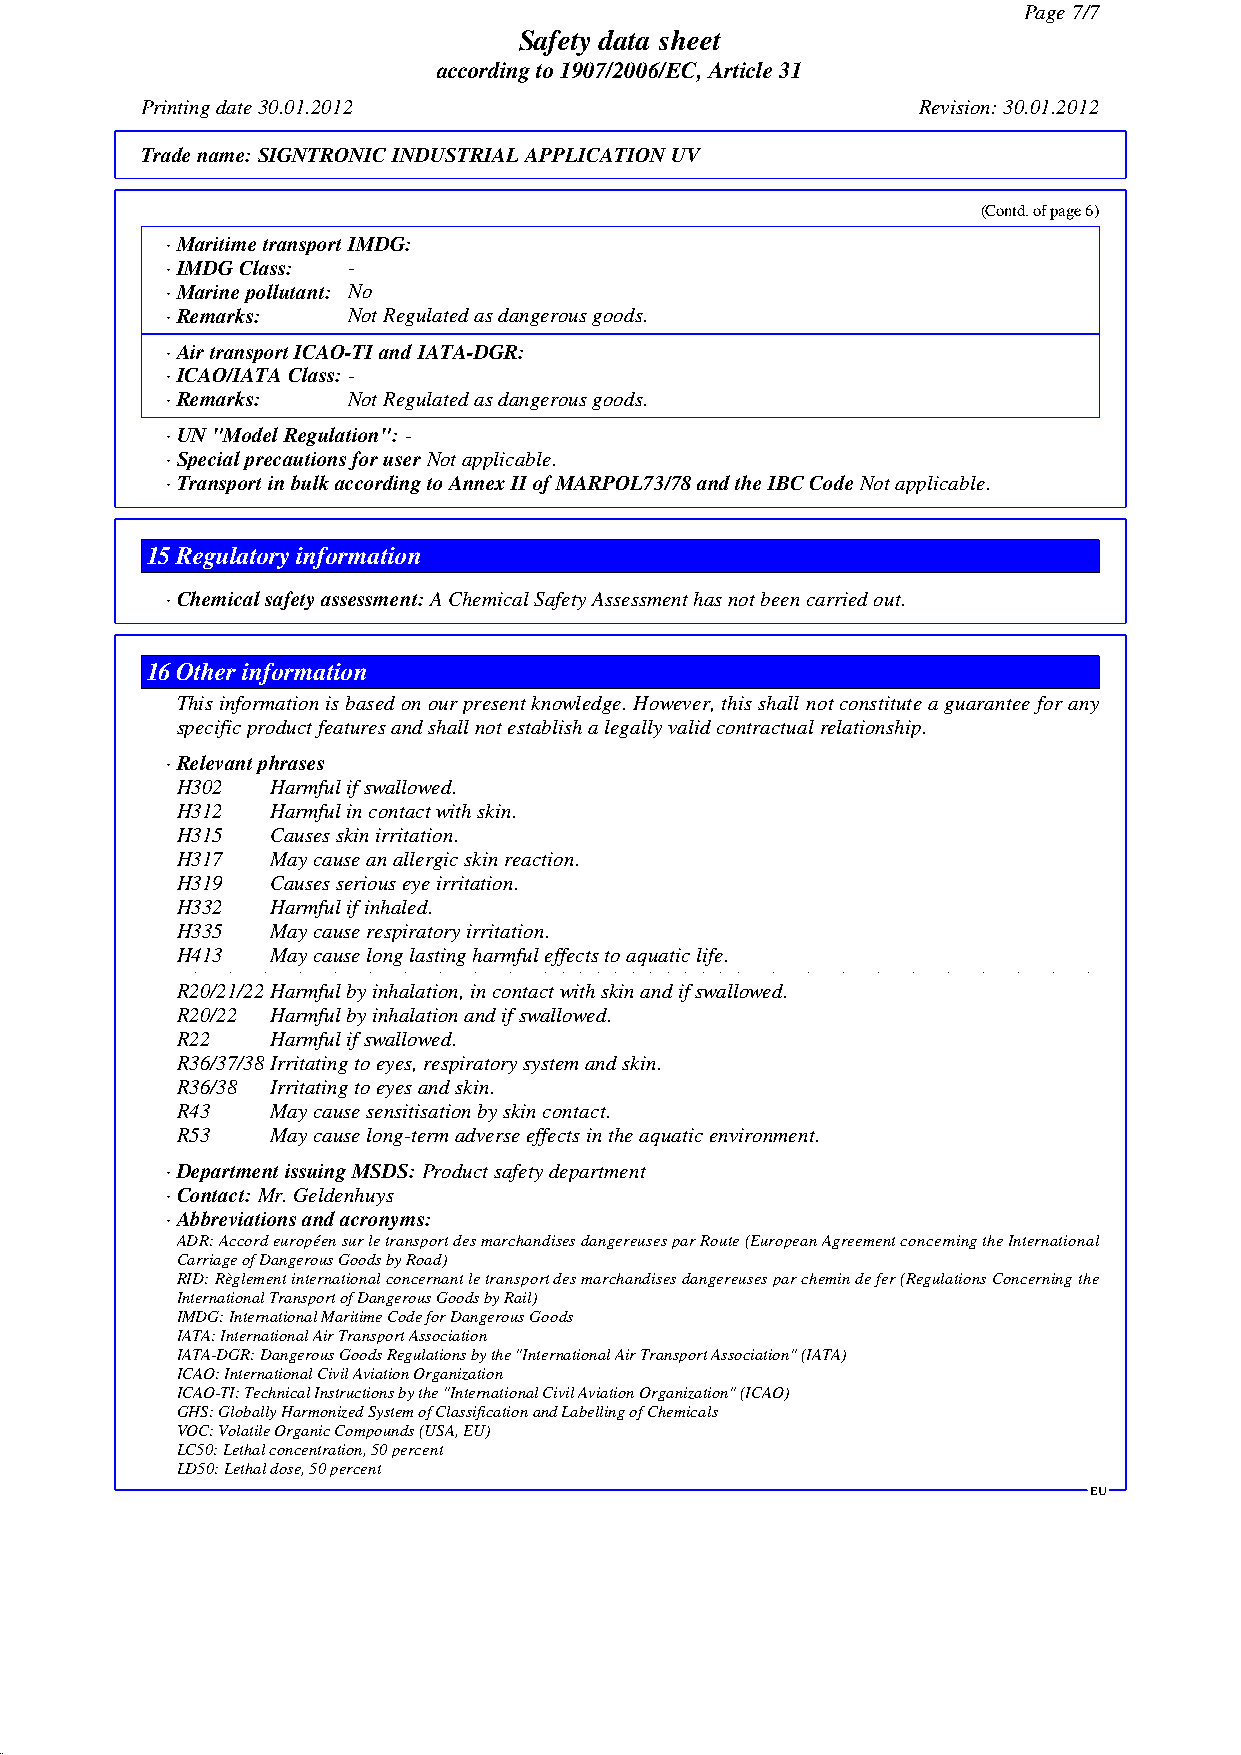
Page 7/7
 Safety data sheet
 according to 1907/2006/EC, Article 31
 Printing date 30.01.2012                            Revision: 30.01.2012
 Trade name:SIGNTRONIC INDUSTRIAL APPLICATION UV
 (Contd. of page 6)
 · Maritime transport IMDG:
 · IMDG Class: -
 · Marine pollutant: No
 · Remarks:  Not Regulated as dangerous goods.
 · Air transport ICAO-TI and IATA-DGR:
 · ICAO/IATA Class:-
 · Remarks:  Not Regulated as dangerous goods.
 · UN "Model Regulation":-
 · Special precautions for userNot applicable.
 · Transport in bulk according to Annex II of MARPOL73/78 and the IBC CodeNot applicable.
 15Regulatory information
 · Chemical safety assessment:A Chemical Safety Assessment has not been carried out.
 16Other information
 This information is based on our present knowledge. However, this shall not constitute a guarantee for any
 specific product features and shall not establish a legally valid contractual relationship.
 · Relevant phrases
 H302  Harmful if swallowed.
 H312  Harmful in contact with skin.
 H315  Causes skin irritation.
 H317  May cause an allergic skin reaction.
 H319  Causes serious eye irritation.
 H332  Harmful if inhaled.
 H335  May cause respiratory irritation.
 H413  May cause long lasting harmful effects to aquatic life.
 R20/21/22Harmful by inhalation, in contact with skin and if swallowed.
 R20/22 Harmful by inhalation and if swallowed.
 R22   Harmful if swallowed.
 R36/37/38Irritating to eyes, respiratory system and skin.
 R36/38 Irritating to eyes and skin.
 R43   May cause sensitisation by skin contact.
 R53   May cause long-term adverse effects in the aquatic environment.
 · Department issuing MSDS:Product safety department
 · Contact:Mr. Geldenhuys
 · Abbreviations and acronyms:
 ADR: Accord européen sur le transport des marchandises dangereuses par Route (European Agreement concerning the International
 Carriage of Dangerous Goods by Road)
 RID: Règlement international concernant le transport des marchandises dangereuses par chemin de fer (Regulations Concerning the
 International Transport of Dangerous Goods by Rail)
 IMDG: International Maritime Code for Dangerous Goods
 IATA: International Air Transport Association
 IATA-DGR: Dangerous Goods Regulations by the "International Air Transport Association" (IATA)
 ICAO: International Civil Aviation Organization
 ICAO-TI: Technical Instructions by the "International Civil Aviation Organization" (ICAO)
 GHS: Globally Harmonized System of Classification and Labelling of Chemicals
 VOC: Volatile Organic Compounds (USA, EU)
 LC50: Lethal concentration, 50 percent
 LD50: Lethal dose, 50 percent
 EU
 DR